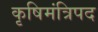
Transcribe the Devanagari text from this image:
कृषिमंत्रिपद